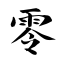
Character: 零